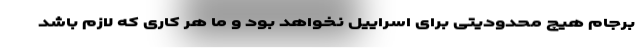
برجام هیچ محدودیتی برای اسراییل نخواهد بود و ما هر کاری که لازم باشد